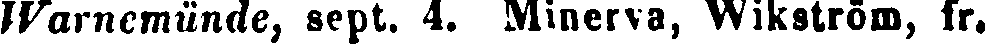
Warnemünde, sept. 4. Minerva, Wikström, fr.